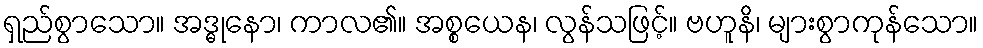
ရှည်စွာသော။ အဒ္ဓုနော၊ ကာလ၏။ အစ္စယေန၊ လွန်သဖြင့်။ ဗဟူနိ၊ များစွာကုန်သော။